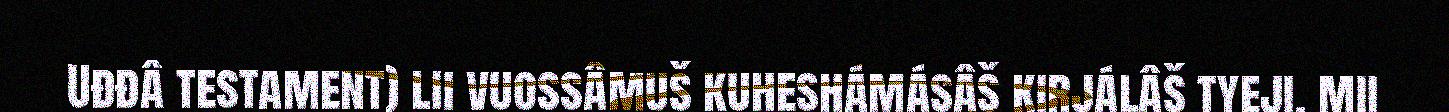
Uđđâ testament) lii vuossâmuš kuheshámásâš kirjálâš tyeji, mii